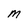
Character: M